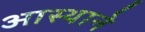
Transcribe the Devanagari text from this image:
आस्थाने